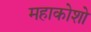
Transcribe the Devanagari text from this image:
महाकोशो